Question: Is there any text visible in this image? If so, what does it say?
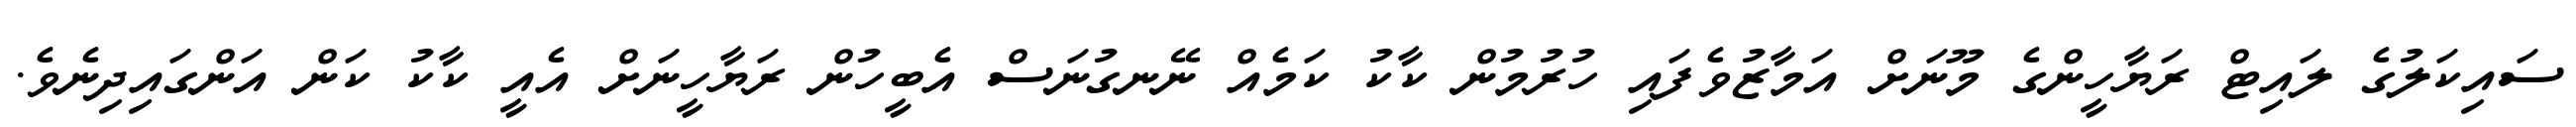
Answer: ސައިކަލުގެ ލައިޓް ރަޔާހީންގެ މޫނަށް އަމާޒުވެފައި ހުރުމުން ކާކު ކަމެއް ނޭނގުނަސް އެބީހުން ރަޔާހީނަށް އެއީ ކާކު ކަން އަންގައިދިނެވެ.